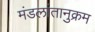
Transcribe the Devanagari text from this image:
मंडलांतानुक्रम